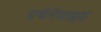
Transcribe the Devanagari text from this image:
एथेनेमाइड